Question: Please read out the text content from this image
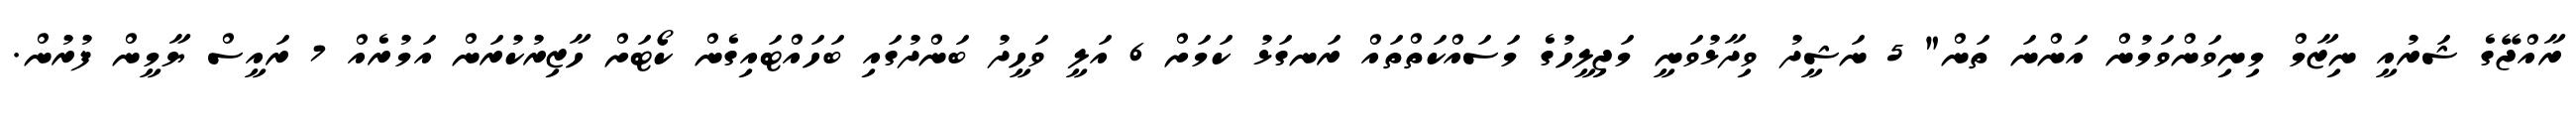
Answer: ރާއްޖޭގެ ޝަރުއީ ނިޒާމް މިނިވަންވަމުން އަންނަ ތަން" 5 ނަޝީދު ވިދާޅުވަނީ މަޖިލީހުގެ މަސައްކަތްތައް ރަނގަޅު ކަމަށް 6 އަލީ ވަހީދު ބަންދުގައި ބަހައްޓައިގެން ކޯޓަށް ހާޒިރުކުރަން އަމުރެއް 7 ރައީސް ޔާމީން ފުރުން.